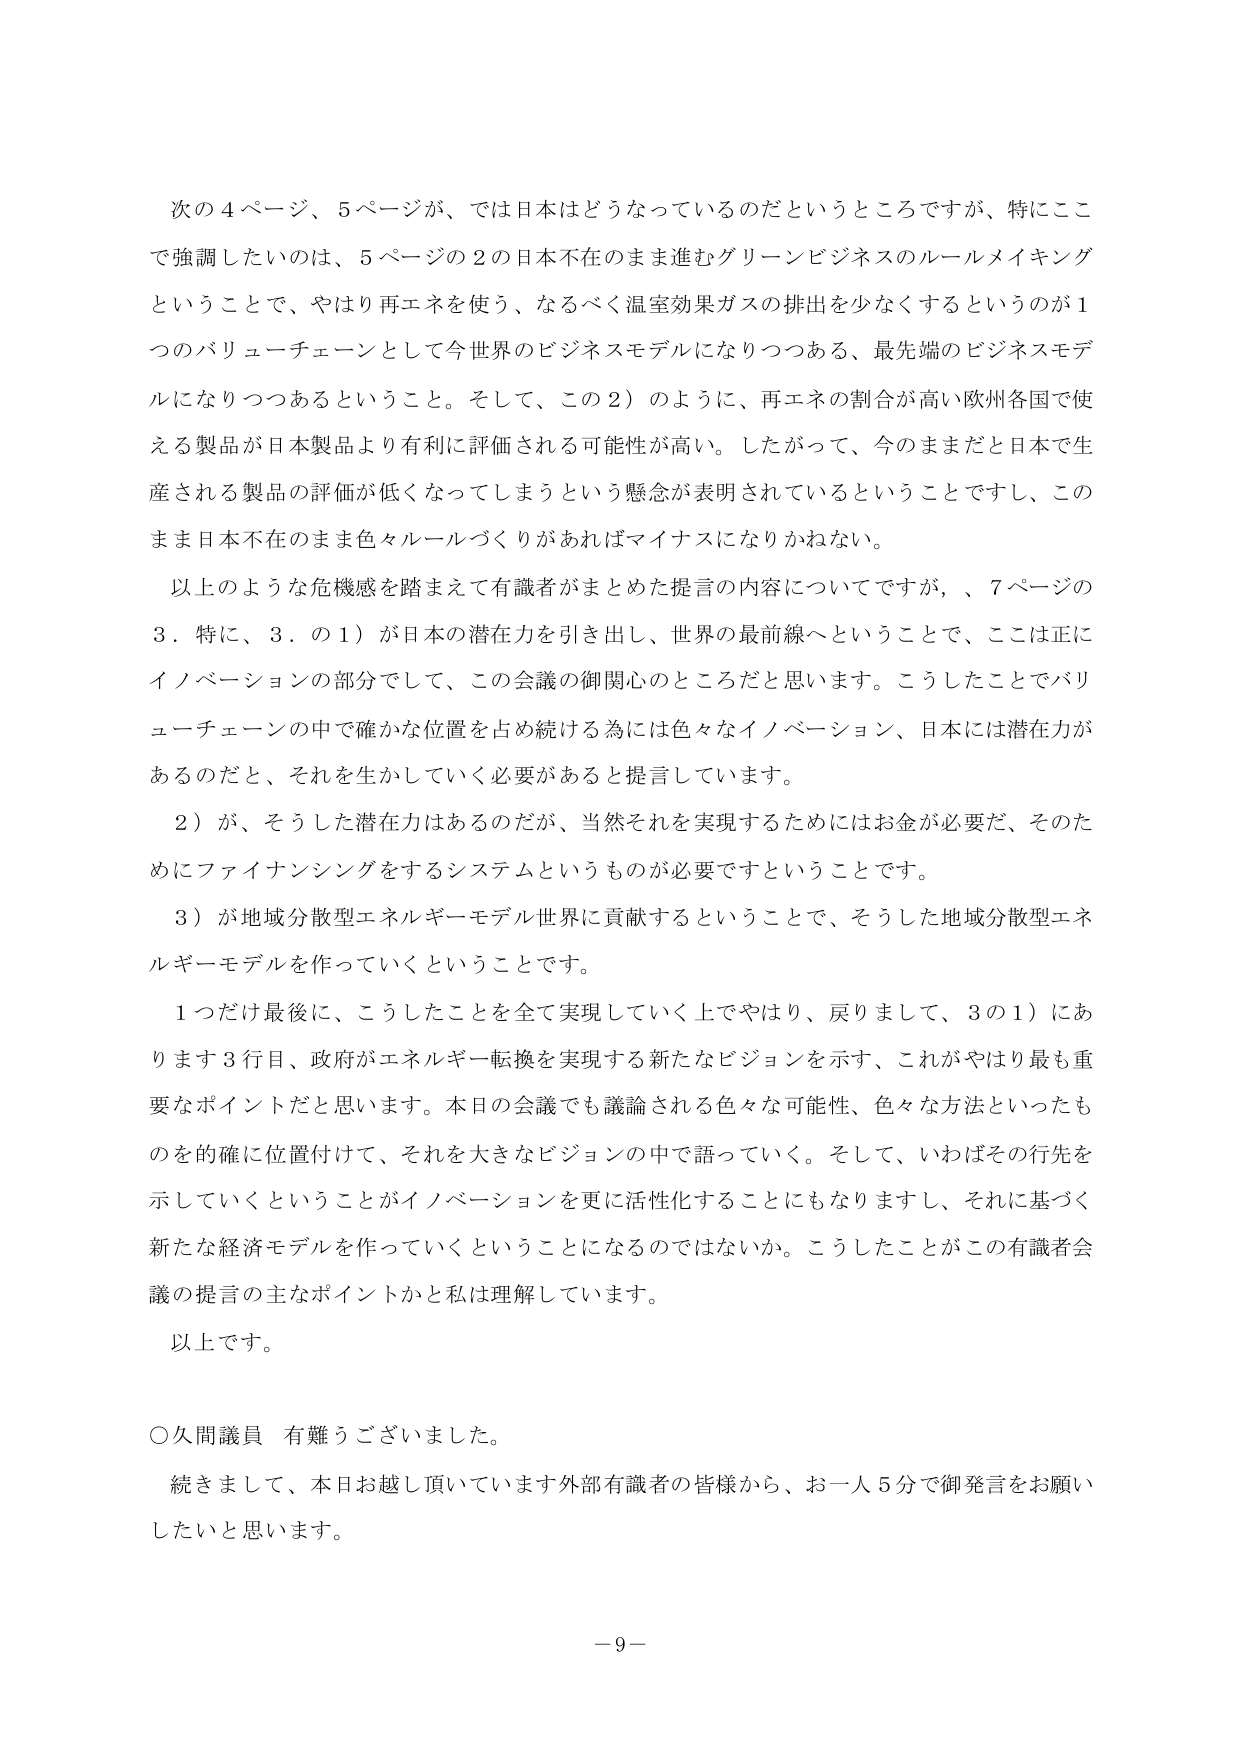
次の４ページ、５ページが、では日本はどうなっているのだというところですが、特にここで強調したいのは、５ページの２の日本不在のまま進むグリーンビジネスのルールメイキングということで、やはり再エネを使う、なるべく温室効果ガスの排出を少なくするというのが１つのバリューチェーンとして今世界のビジネスモデルになりつつある、最先端のビジネスモデルになりつつあるということ。そして、この２）のように、再エネの割合が高い欧州各国で使える製品が日本製品より有利に評価される可能性が高い。したがって、今のままだと日本で生産される製品の評価が低くなってしまうという懸念が表明されているということですし、このまま日本不在のまま色々ルールづくりがあればマイナスになりかねない。

以上のような危機感を踏まえて有識者がまとめた提言の内容についてですが、７ページの３．特に、３．の１）が日本の潜在力を引き出し、世界の最前線へということで、ここは正にイノベーションの部分でして、この会議の御関心のところだと思います。こうしたことでバリューチェーンの中で確かな位置を占め続ける為には色々なイノベーション、日本には潜在力があるのだと、それを生かしていく必要があると提言しています。

２）が、そうした潜在力はあるのだが、当然それを実現するためにはお金が必要だ、そのためにはファイナンシングをするシステムというものが必要ですということです。

３）が地域分散型エネルギーモデル世界に貢献するということで、そうした地域分散型エネルギーモデルを作っていくということです。

１つだけ最後に、こうしたことを全て実現していく上でやはり、戻りまして、３の１）にあります３行目、政府がエネルギー転換を実現する新たなビジョンを示す、これがやはり最も重要なポイントだと思います。本日の会議でも議論される色々な可能性、色々な方法といったものを的確に位置付けて、それを大きなビジョンの中で語っていく。そして、いわばその行先を示していくということがイノベーションを更に活性化することにもなりますし、それに基づく新たな経済モデルを作っていくということになるのではないか。こうしたことがこの有識者会議の提言の主なポイントかと私は理解しています。

以上です。

○久間議員 有難うございました。

続きまして、本日お越し頂いています外部有識者の皆様から、お一人５分で御発言をお願いしたいと思います。

－９－